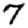
Digit: 7